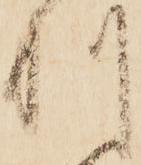
利